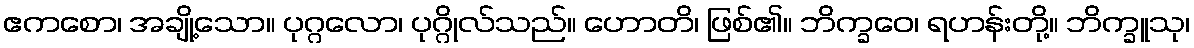
ဧကစော၊ အချို့သော။ ပုဂ္ဂလော၊ ပုဂ္ဂိုလ်သည်။ ဟောတိ၊ ဖြစ်၏။ ဘိက္ခဝေ၊ ရဟန်းတို့။ ဘိက္ခူသု၊